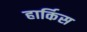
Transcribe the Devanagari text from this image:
हार्किस